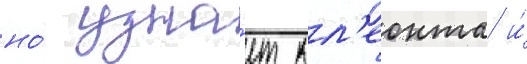
но́ узна́ет кл'еонта и́